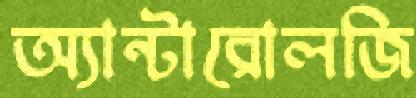
অ্যান্টারোলজি